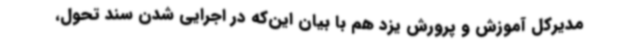
مدیرکل آموزش و پرورش یزد هم با بیان این‌که در اجرایی شدن سند تحول،